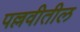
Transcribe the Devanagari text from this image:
पल्लवीतील